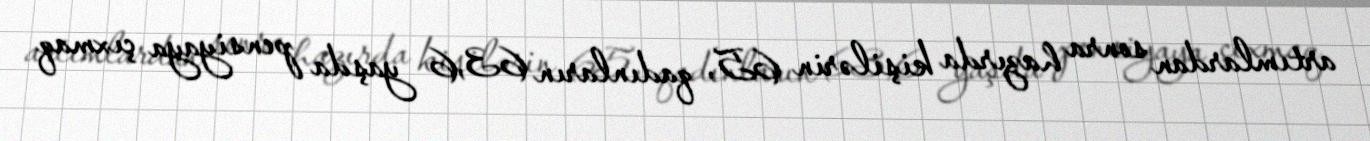
artımlardan sonra hazırda kişilərin 65, qadınların 63,6 yaşda pensiyaya çıxmaq